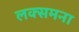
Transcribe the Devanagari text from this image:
लक्समना